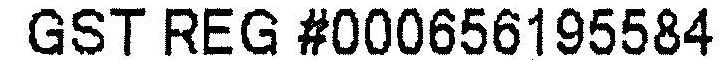
GST REG #000656195584